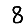
Digit: 8